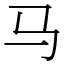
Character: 马